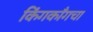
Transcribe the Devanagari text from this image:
किंगकाँगचा